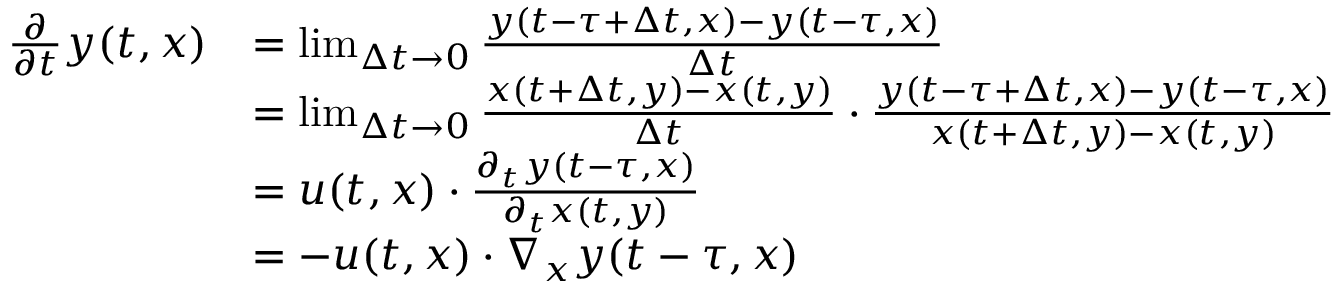
\begin{array} { r l } { \frac { \partial } { \partial t } y ( t , x ) } & { = \operatorname* { l i m } _ { \Delta t \rightarrow 0 } \frac { y ( t - \tau + \Delta t , x ) - y ( t - \tau , x ) } { \Delta t } } \\ & { = \operatorname* { l i m } _ { \Delta t \rightarrow 0 } \frac { x ( t + \Delta t , y ) - x ( t , y ) } { \Delta t } \cdot \frac { y ( t - \tau + \Delta t , x ) - y ( t - \tau , x ) } { x ( t + \Delta t , y ) - x ( t , y ) } } \\ & { = u ( t , x ) \cdot \frac { \partial _ { t } y ( t - \tau , x ) } { \partial _ { t } x ( t , y ) } } \\ & { = - u ( t , x ) \cdot \nabla _ { x } y ( t - \tau , x ) } \end{array}